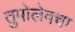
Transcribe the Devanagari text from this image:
तुपोलेवचा